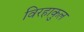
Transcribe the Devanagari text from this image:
विरहाकुल